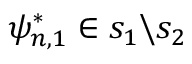
\psi _ { n , 1 } ^ { * } \in s _ { 1 } \backslash s _ { 2 }